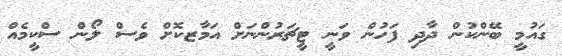
ގައުމީ ބޭންކުން ދާދި ފަހުން ވަނީ ޓީޗަރުންނަށް އަމާޒކޮށް ވެސް ލޯން ސްކީމެއް